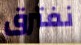
نفترق